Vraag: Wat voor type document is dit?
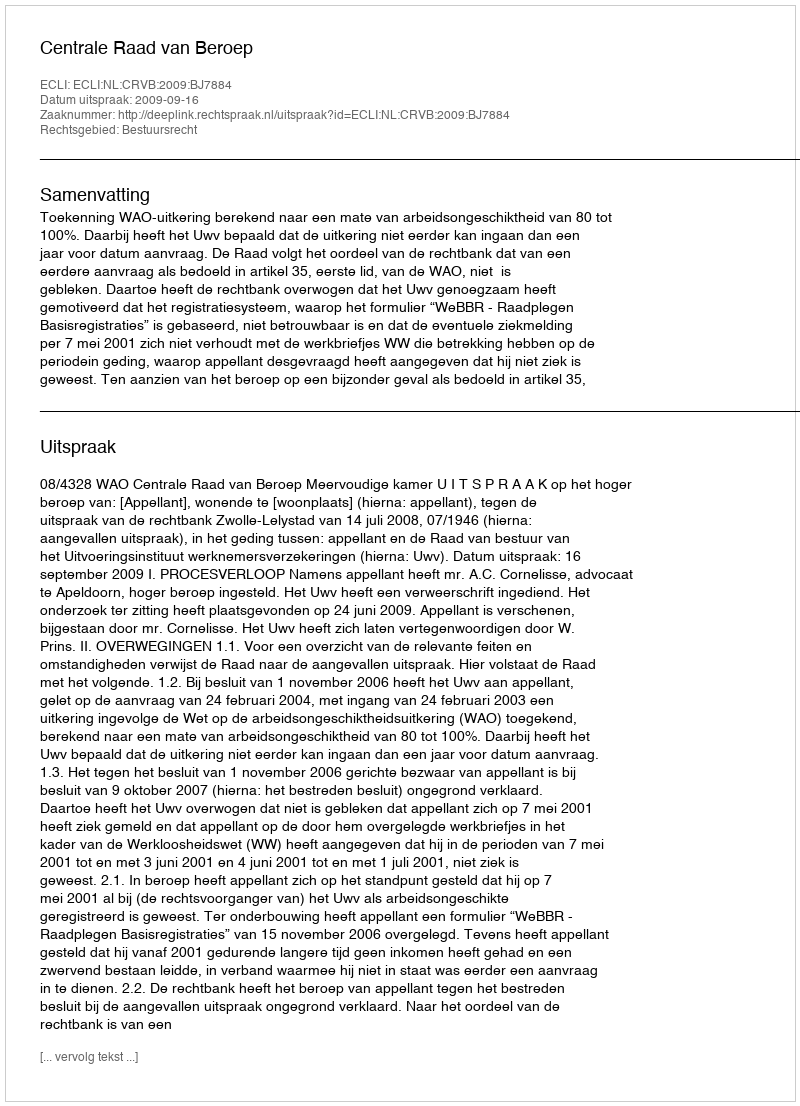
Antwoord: Uitspraak